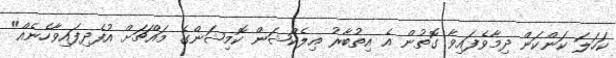
ކަހަލަ ކަންކަން ދިމާވެފައިވާ ގޮތުން އެ އިތުބާރު އިލެކްޝަން ކޮމިޝަންގެ މައްޗަށް އުފެދިފައިވާހެނެއް"